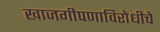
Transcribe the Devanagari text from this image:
खाजगीपणाविरोधीचे